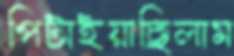
পিটাইয়াছিলাম